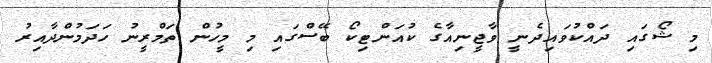
މި ޝޯގައި ދައްކުވައިދެނީ ވާޖީނިއާގެ ކުއަންޓިކޯ ބޭސްގައި މި މީހުން ތަމްރީނު ހަދަމުންދާއިރު